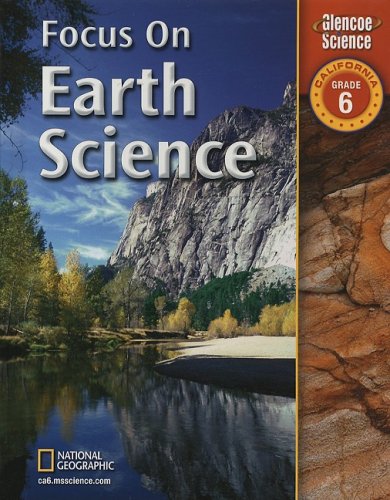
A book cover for Focus on Earth Science: California, Grade 6 (Glencoe Science); Juli Berwald; Children's Books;